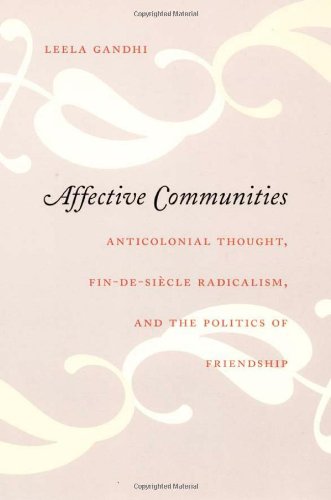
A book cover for Affective Communities: Anticolonial Thought, Fin-de-SiÃ¨cle Radicalism, and the Politics of Friendship (Politics, History, and Culture); Leela Gandhi; Gay & Lesbian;